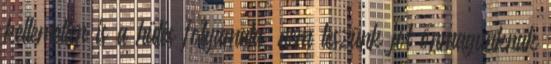
kellemetlen is a hűtés folyamata, nem teszünk jót önmagunknak